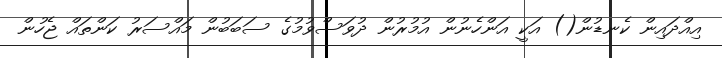
އިއްދައިން ކެނޑުން() އަކީ އަންހެނުން އުމުރުން ދުވަސްވުމުގެ ސަބަބުން މައްސަރު ކަންތައް ޖެހުން